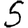
Digit: 5